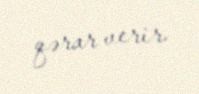
qərar verir.